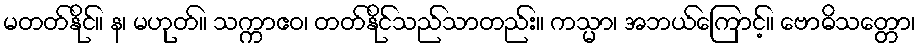
မတတ်နိုင်။ န၊ မဟုတ်။ သက္ကာဧဝ၊ တတ်နိုင်သည်သာတည်း။ ကသ္မာ၊ အဘယ်ကြောင့်။ ဗောဓိသတ္တော၊